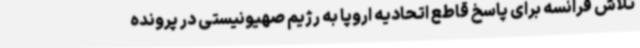
تلاش فرانسه برای پاسخ قاطع اتحادیه اروپا به رژیم صهیونیستی در پرونده